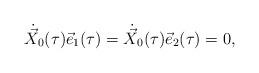
LaTeX: \begin{align*}\dot{\vec{X}}_{0}(\tau) \vec{e}_{1}(\tau) = \dot{\vec{X}}_{0}(\tau)\vec{e}_{2}(\tau) = 0,\end{align*}